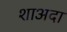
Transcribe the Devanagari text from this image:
शाअदा